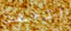
اتجهت